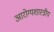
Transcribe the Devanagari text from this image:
आरोग्यशास्त्रीय